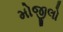
મોજીલો